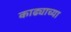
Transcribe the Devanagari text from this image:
काढ्याच्या